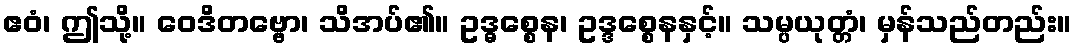
ဧဝံ၊ ဤသို့။ ဝေဒိတဗ္ဗော၊ သိအပ်၏။ ဥဒ္ဓစ္စေန၊ ဥဒ္ဒစ္စေနနှင့်။ သမ္ပယုတ္တံ၊ မှန်သည်တည်း။